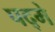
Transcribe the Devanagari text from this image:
पद्मे